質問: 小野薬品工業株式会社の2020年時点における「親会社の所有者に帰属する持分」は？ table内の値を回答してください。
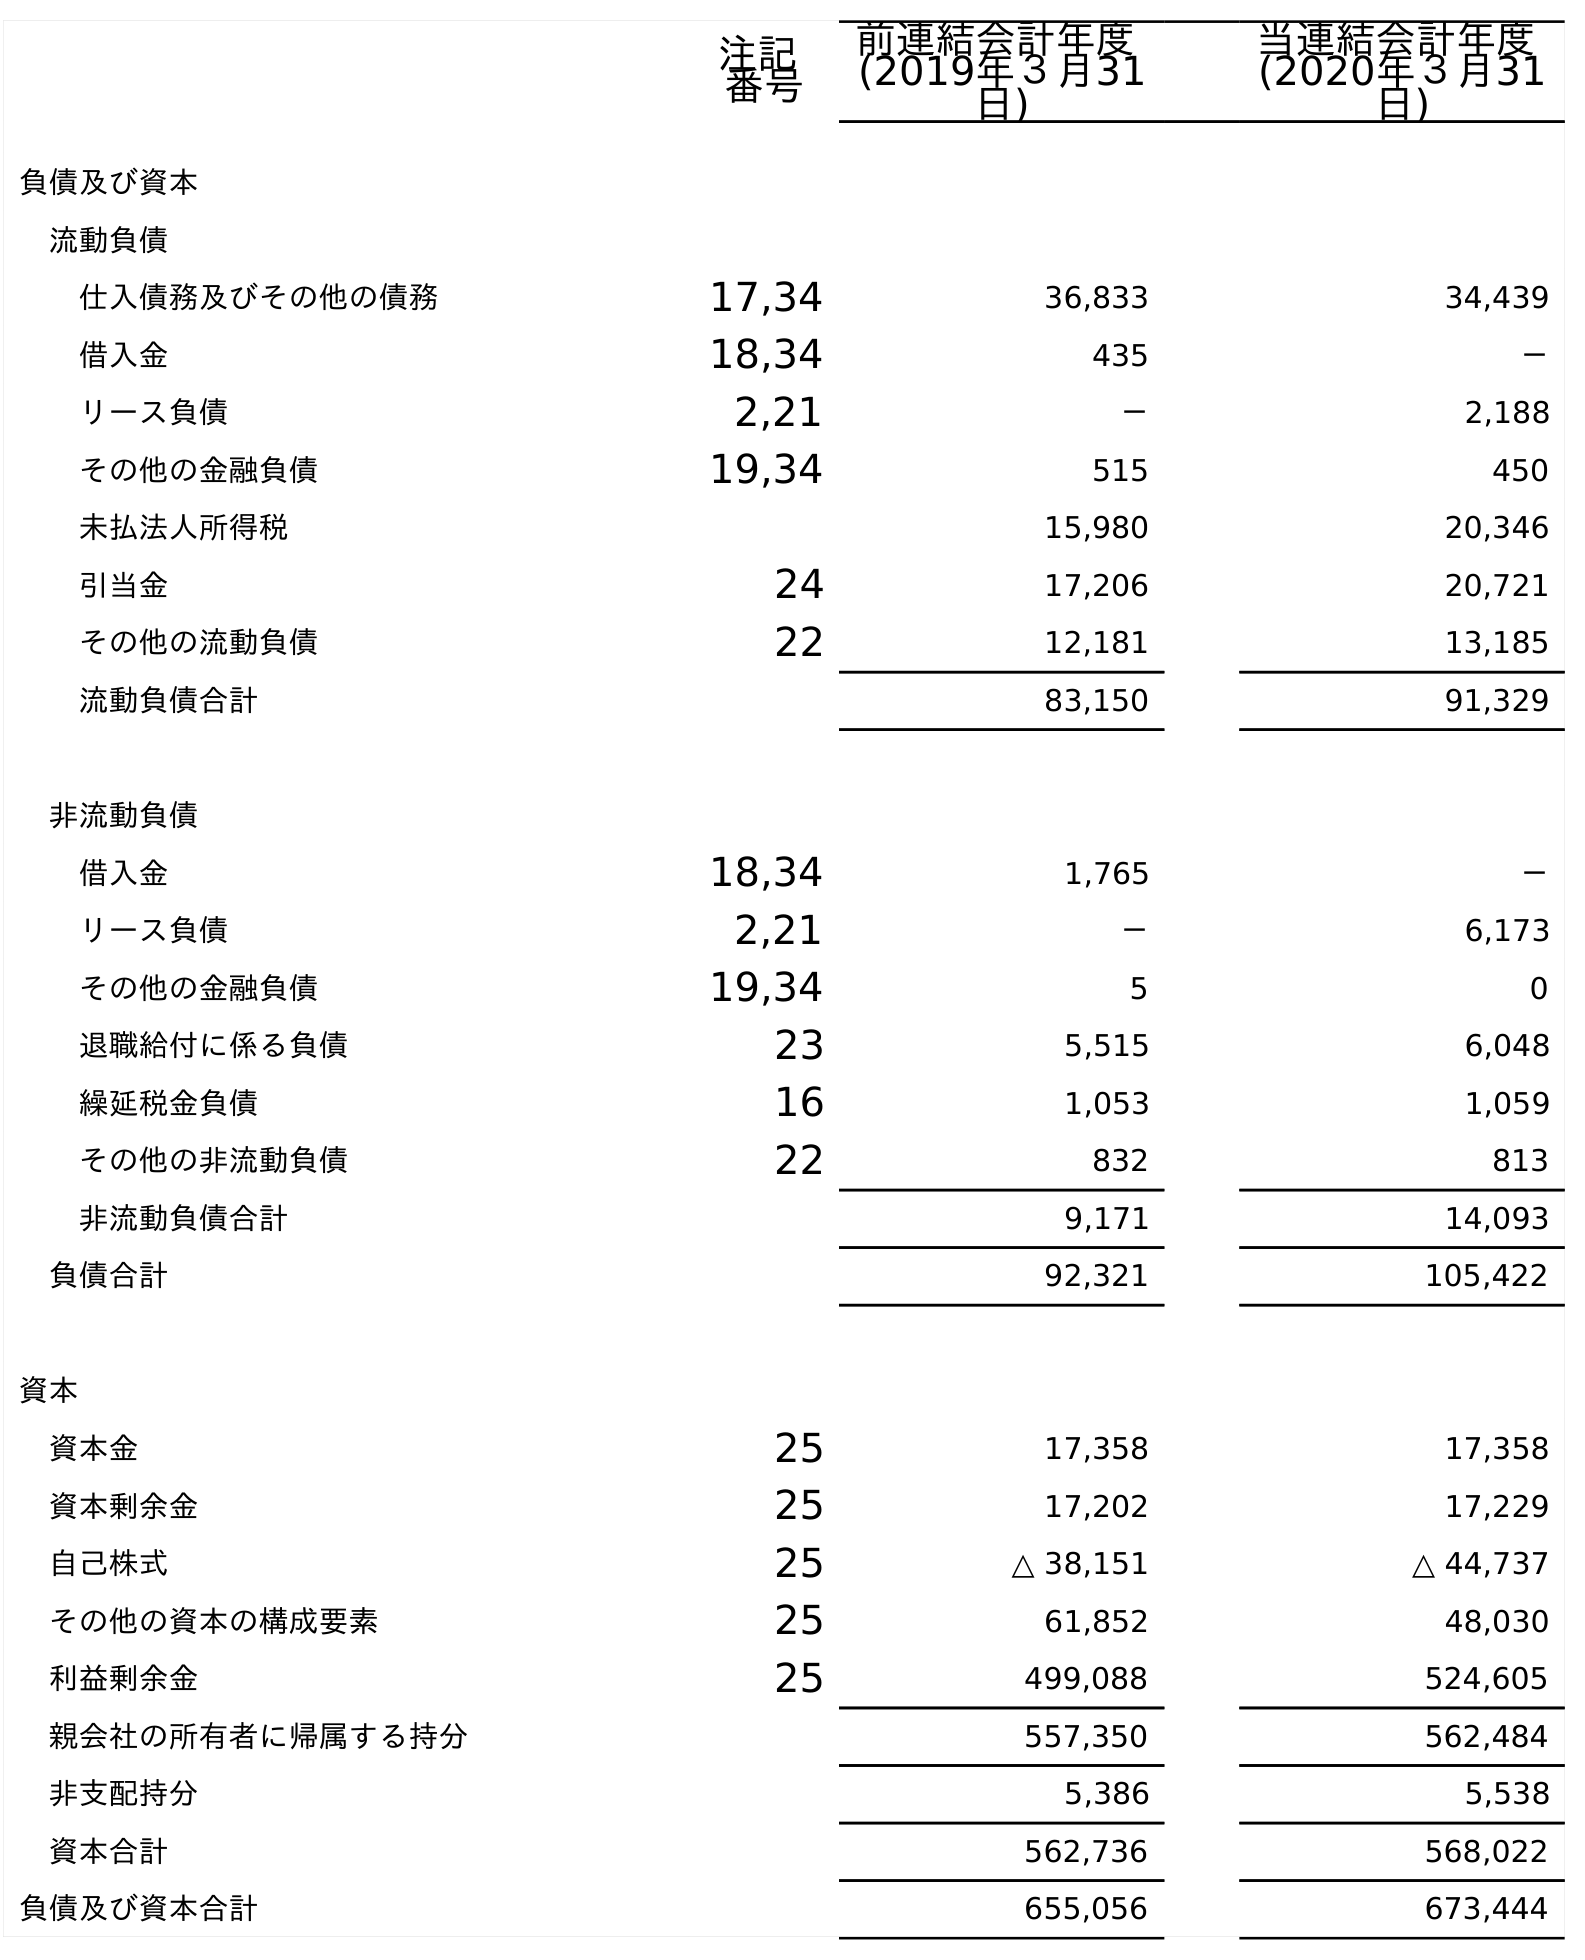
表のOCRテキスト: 注記 番号 前連結会計年度 (2019年３月31 日) 当連結会計年度 (2020年３月31 日) 負債及び資本 流動負債 仕入債務及びその他の債務 17,34 36,833 34,439 借入金 18,34 435 － リース負債 2,21 － 2,188 その他の金融負債 19,34 515 450 未払法人所得税 15,980 20,346 引当金 24 17,206 20,721 その他の流動負債 22 12,181 13,185 流動負債合計 83,150 91,329 非流動負債 借入金 18,34 1,765 － リース負債 2,21 － 6,173 その他の金融負債 19,34 5 0 退職給付に係る負債 23 5,515 6,048 繰延税金負債 16 1,053 1,059 その他の非流動負債 22 832 813 非流動負債合計 9,171 14,093 負債合計 92,321 105,422 資本 資本金 25 17,358 17,358 資本剰余金 25 17,202 17,229 自己株式 25 △ 38,151 △ 44,737 その他の資本の構成要素 25 61,852 48,030 利益剰余金 25 499,088 524,605 親会社の所有者に帰属する持分 557,350 562,484 非支配持分 5,386 5,538 資本合計 562,736 568,022 負債及び資本合計 655,056 673,444
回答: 562,484